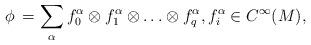
LaTeX: \begin{align*}\phi \, = \sum_\alpha f^\alpha_0 \otimes f^\alpha_1 \otimes \ldots \otimes f^\alpha_q , f^\alpha_i \in C^\infty(M) ,\end{align*}